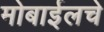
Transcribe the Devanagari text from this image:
मोबाईलचे